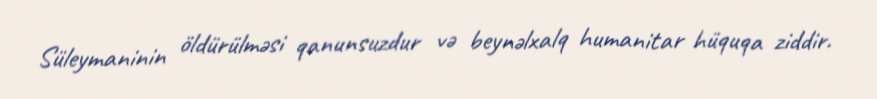
Süleymaninin öldürülməsi qanunsuzdur və beynəlxalq humanitar hüquqa ziddir.